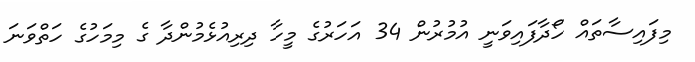
މިފަައިސާތައް ހޯދާފައިވަނީ އުމުރުން 34 އަހަރުގެ މީހާ ދިރިއުޅެމުންދާ ގެ މިމަހުގެ ހަތްވަނަ